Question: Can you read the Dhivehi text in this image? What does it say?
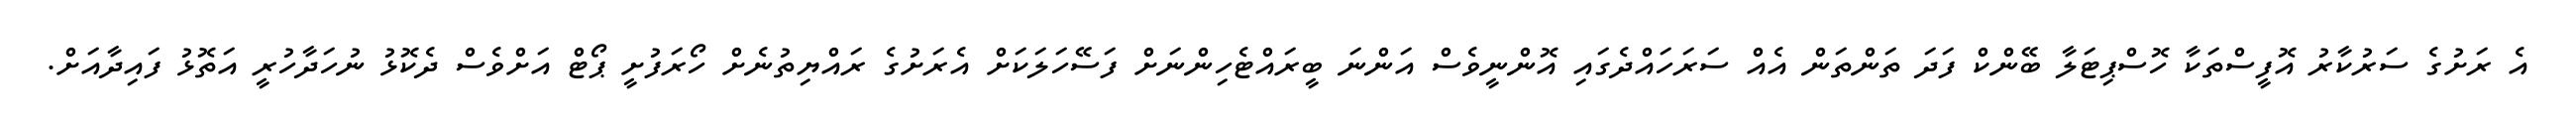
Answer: އެ ރަށުގެ ސަރުކާރު އޮފީސްތަކާ ހޮސްޕިޓަލާ ބޭންކް ފަދަ ތަންތަން އެއް ސަރަހައްދެގައި އޮންނީވެސް އަންނަ ބީރައްޓެހިންނަށް ފަސޭހަލަކަށް އެރަށުގެ ރައްޔިތުނެށް ހޯރަފުށީ ޕޯޓް އަށްވެސް ދެކޮޅު ނުހަދާހުރީ އަތޮޅު ފައިދާއަށް.